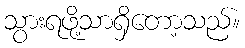
သွားရဖို့သာရှိတော့သည်။